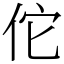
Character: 佗